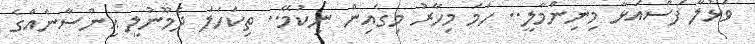
ވަޅުލާ ފަސްއަޅާ މިނިންމާލީ.. ހަމަ މިހާރު މިގެއިން ނިކުމޭ.. ތިކަހަލަ ދެމޫނުލީ އިންސާނެއްގެ